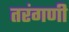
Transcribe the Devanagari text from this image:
तरंगणी